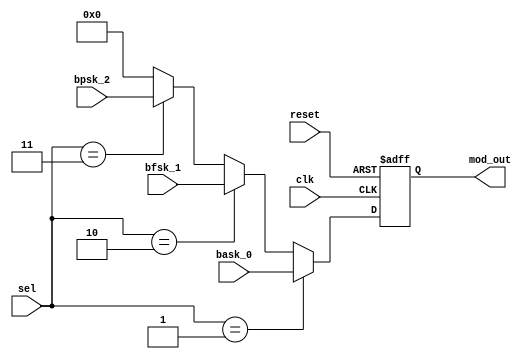
/* Generated by Yosys 0.27+22 (git sha1 53c0a6b78, clang 11.0.1-2 -fPIC -Os) */

module control_0(reset, sel, clk, bask_0, bfsk_1, bpsk_2, mod_out);
  wire _0_;
  wire _1_;
  wire _2_;
  wire [6:0] _3_;
  wire [6:0] _4_;
  wire [6:0] _5_;
  reg [6:0] _6_;
  input [6:0] bask_0;
  wire [6:0] bask_0;
  input [6:0] bfsk_1;
  wire [6:0] bfsk_1;
  input [6:0] bpsk_2;
  wire [6:0] bpsk_2;
  input clk;
  wire clk;
  output [6:0] mod_out;
  wire [6:0] mod_out;
  input reset;
  wire reset;
  input [1:0] sel;
  wire [1:0] sel;
  assign _3_ = _2_ ? bpsk_2 : 7'h00;
  assign _4_ = _1_ ? bfsk_1 : _3_;
  assign _5_ = _0_ ? bask_0 : _4_;
  always @(posedge clk, posedge reset)
    if (reset) _6_ <= 7'h00;
    else _6_ <= _5_;
  assign _0_ = sel == 2'h1;
  assign _1_ = sel == 2'h2;
  assign _2_ = sel == 2'h3;
  assign mod_out = _6_;
endmodule